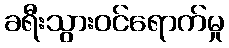
ခရီးသွားဝင်ရောက်မှု